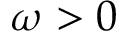
\omega > 0